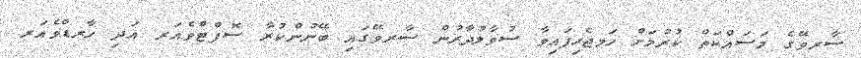
ސާރވޭގެ މަސައްކަތް ކުރުމަށް ހަމޖެހިފައިވާ ސުވާލުދާރުން ސާރވޭގައި ބޭނުންކުރާ ސޮފްޓްވެއަރ އަދި ހާރޑްވެއަރ